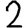
Digit: 2